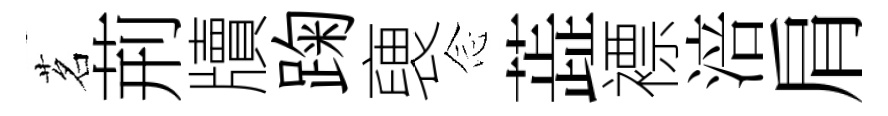
茗荊牘踘褏𫝹蕋褾涪肩